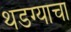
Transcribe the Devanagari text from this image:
थडग्याचा